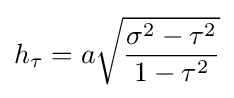
h_{\tau }=a{\sqrt {\frac {\sigma ^{2}-\tau ^{2}}{1-\tau ^{2}}}}